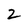
Character: 2